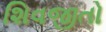
શિવજીતો